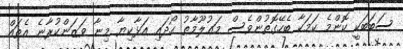
ސަބަބަކީ ކޮންމެ ކަމަކާ ބެހޭގޮތުންވެސް މަޢުލޫމާތު ހޯދައި އަޅާކިޔާ މިނާ ވަޒަންކުރާނެ އެތައް